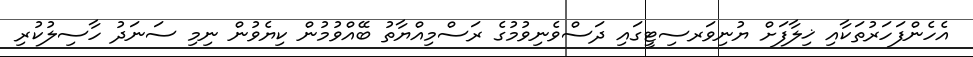
އެހެންފަހަރުތަކާއި ޚިލާފަށް ޔުނިވަރސިޓީގައި ދަސްވެނިވުމުގެ ރަސްމިއްޔާތު ބޭއްވުމުން ކިޔެވުން ނިމި ސަނަދު ހާސިލުކުރި